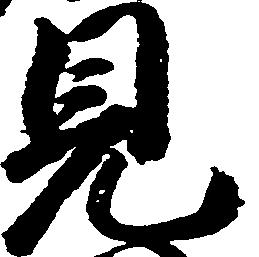
見